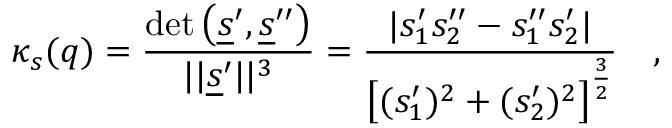
\kappa _ { s } ( q ) = \frac { \mathrm { \operatorname* { d e t } } \left( \underline { { s } } ^ { \prime } , \underline { { s } } ^ { \prime \prime } \right) } { \vert \vert \underline { { s } } ^ { \prime } \vert \vert ^ { 3 } } = \frac { \vert s _ { 1 } ^ { \prime } s _ { 2 } ^ { \prime \prime } - s _ { 1 } ^ { \prime \prime } s _ { 2 } ^ { \prime } \vert } { \left[ ( s _ { 1 } ^ { \prime } ) ^ { 2 } + ( s _ { 2 } ^ { \prime } ) ^ { 2 } \right] ^ { \frac { 3 } { 2 } } } \quad ,